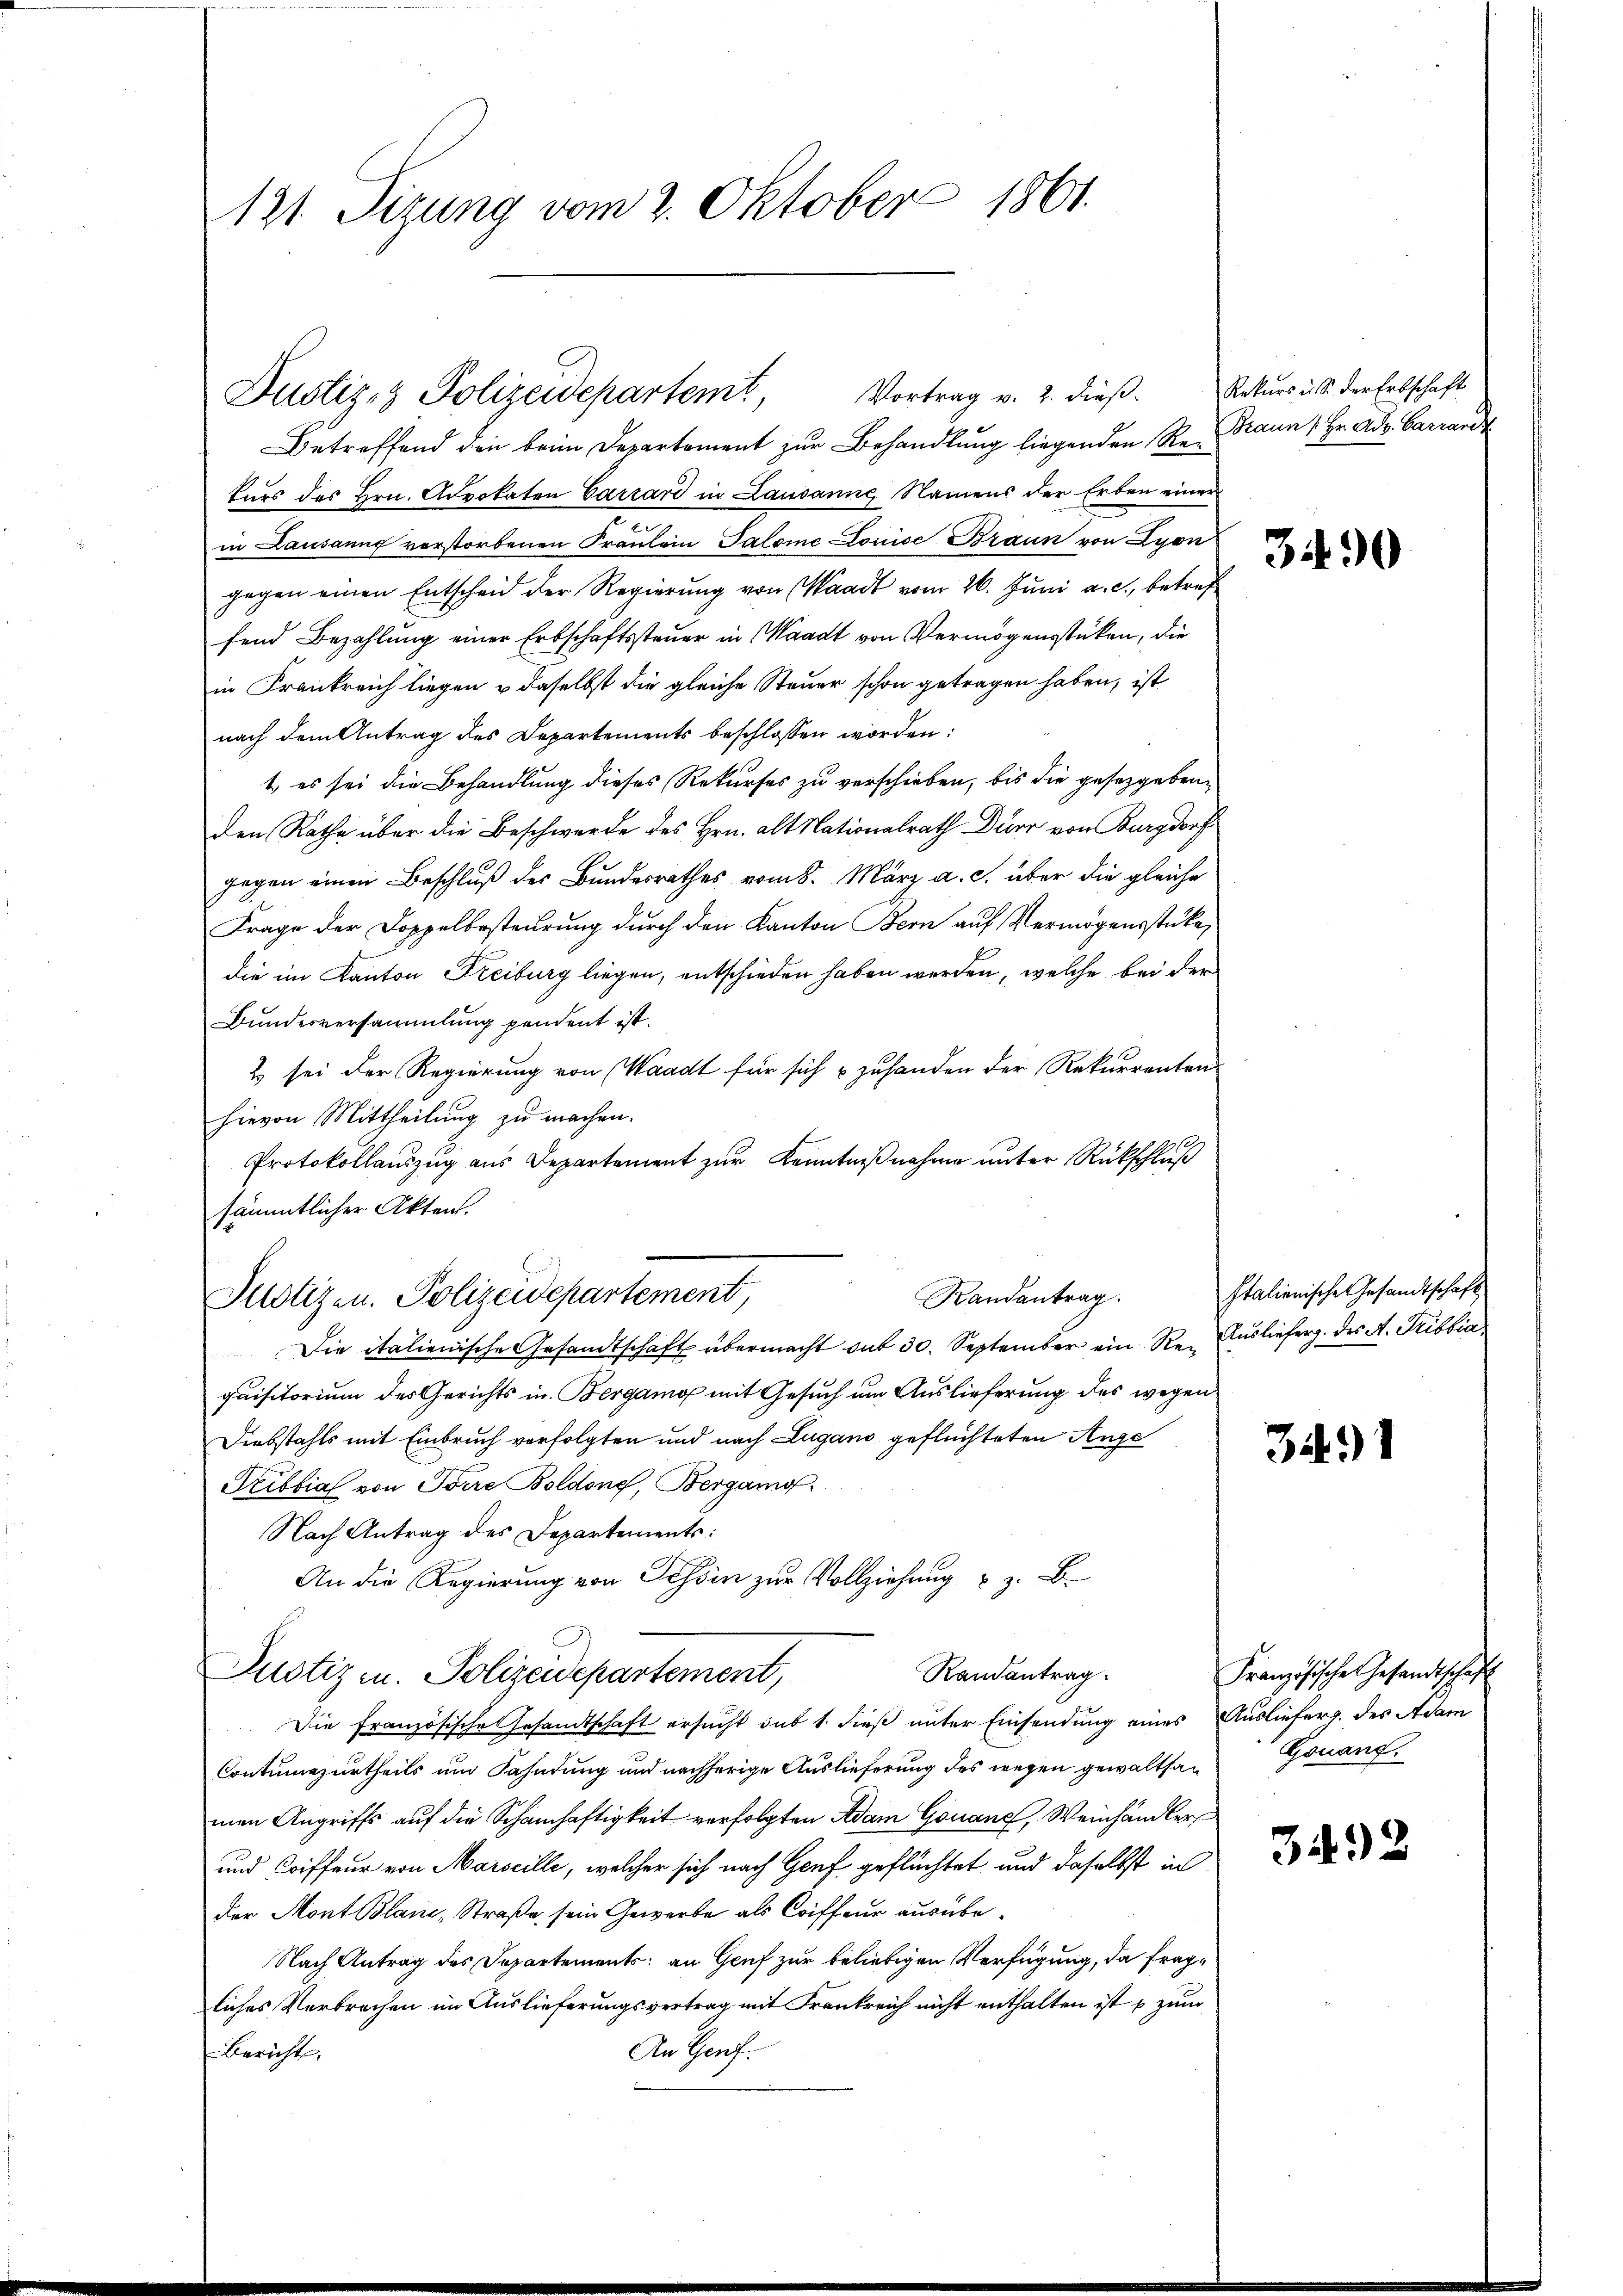
Betreffend den beim Departement zŭr Behandlŭng liegenden Re- Braun, Hr. Adv. Carrandt
kurs des Hrn. Advokaten Carrard in Lausanne Namens der Erben einer
in Lausanng verstorbenen Fraulein Salome Louise Braun von Lyon
gegen einen Entscheid der Regierŭng von Waadt vom 26. Jŭni a. c., betref
fend Bezahlung einer Erbschaftssteuer in Waadt von Vermögensstücken, die
in Frankreich liegen u daselbst die gleiche Steuer schon getragen haben, ist
nach dem Antrag des Departements beschlossen worden:
t, es sei die Behandlung dieses Rekurses zu verschieben, bis die gesetzgebenden Rathe über die Beschwerde des Hrn. alt Nationalrath Dürr von Burgdorf
gegen einen Beschluß des Bundesrathes vom 8. März a. c. über die gleiche
Frage der Doppelbesteurung durch den Kanton Bern auf Vermögensstücke,
die im Kanton Freiburg liegen, entschieden haben werden, welche bei der
Bundesversammlung pendent ist.
2 sei der Regierung von Waadt für sich & zuhanden der Rekurrenten
hievon Mittheilung zu machen.
Protokollauszug aus Departement zur Kenntnißnahme unter Rückschluß
sämmtlicher Akten.
Randantrag.
Justizen. Polizeidepartement,
Die italienische Gesandtschaft übermacht sub 30. September ein Re- Auslieferg. des A. Tribbia
quisitorium des Gerichts in Bergamo mit Gesuch um Auslieferung des wegen
Diebstahls mit Einbruch verfolgten und nach Lugano geflüchteten Ange
Pribbial von Torre Boldone, Bergang
Nach Antrag des Departements:
An die Regierung von Tessin zur Vollziehung u. z. B.
Randantrag.
Justiz u. Polizeidepartement,
Die französische Gesandtschaft ersucht sub 1. dieß unter Einsendung eines Auslieferg. des Adam
Contumazurtheils um Fahndung und nachherige Auslieferung des wegen gewaltsan Gonanzman Angriffs auf die Schamhaftigkeit verfolgten Adam Gouane, Weinhändler
und Coiffeur von Marseille, welcher sich nach Genf geflüchtet und daselbst in
der Mont Blanc, Straße sein Gewerbe als Coiffeur ausübe¬
Nach Antrag des Departements: an Genf zur beliebigen Verfügung, da fragliches Verbrechen im Auslieferungsvertrag mit Frankreich nicht enthalten ist & zum
An Genf.
Bericht,

121. Sizung vom 2. Oktober 1861.

Vortrag v. 2. dieß.
Dustiz- & Polizeidepartemt,

Rekurs u. S. der Erbschaft

3490

Italienische Gesandtschaft

3491

Französische Gesandtschaft

3492